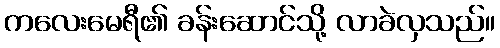
ကလေးမေရီ၏ ခန်းဆောင်သို့ လာခဲလှသည်။